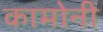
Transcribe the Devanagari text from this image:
कामोनी